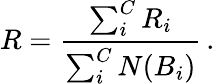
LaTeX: R=\frac{\sum_{i}^{C}R_{i}}{\sum_{i}^{C}N(B_{i})}\, .